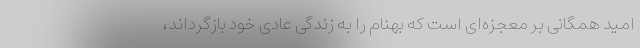
امید همگانی بر معجزه‌ای است که بهنام را به زندگی عادی خود بازگرداند،